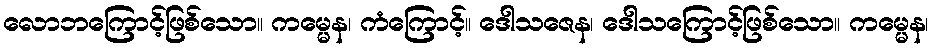
လောဘကြောင့်ဖြစ်သော။ ကမ္မေန၊ ကံကြောင့်။ ဒေါသဇေန၊ ဒေါသကြောင့်ဖြစ်သော။ ကမ္မေန၊